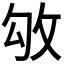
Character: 𢼃